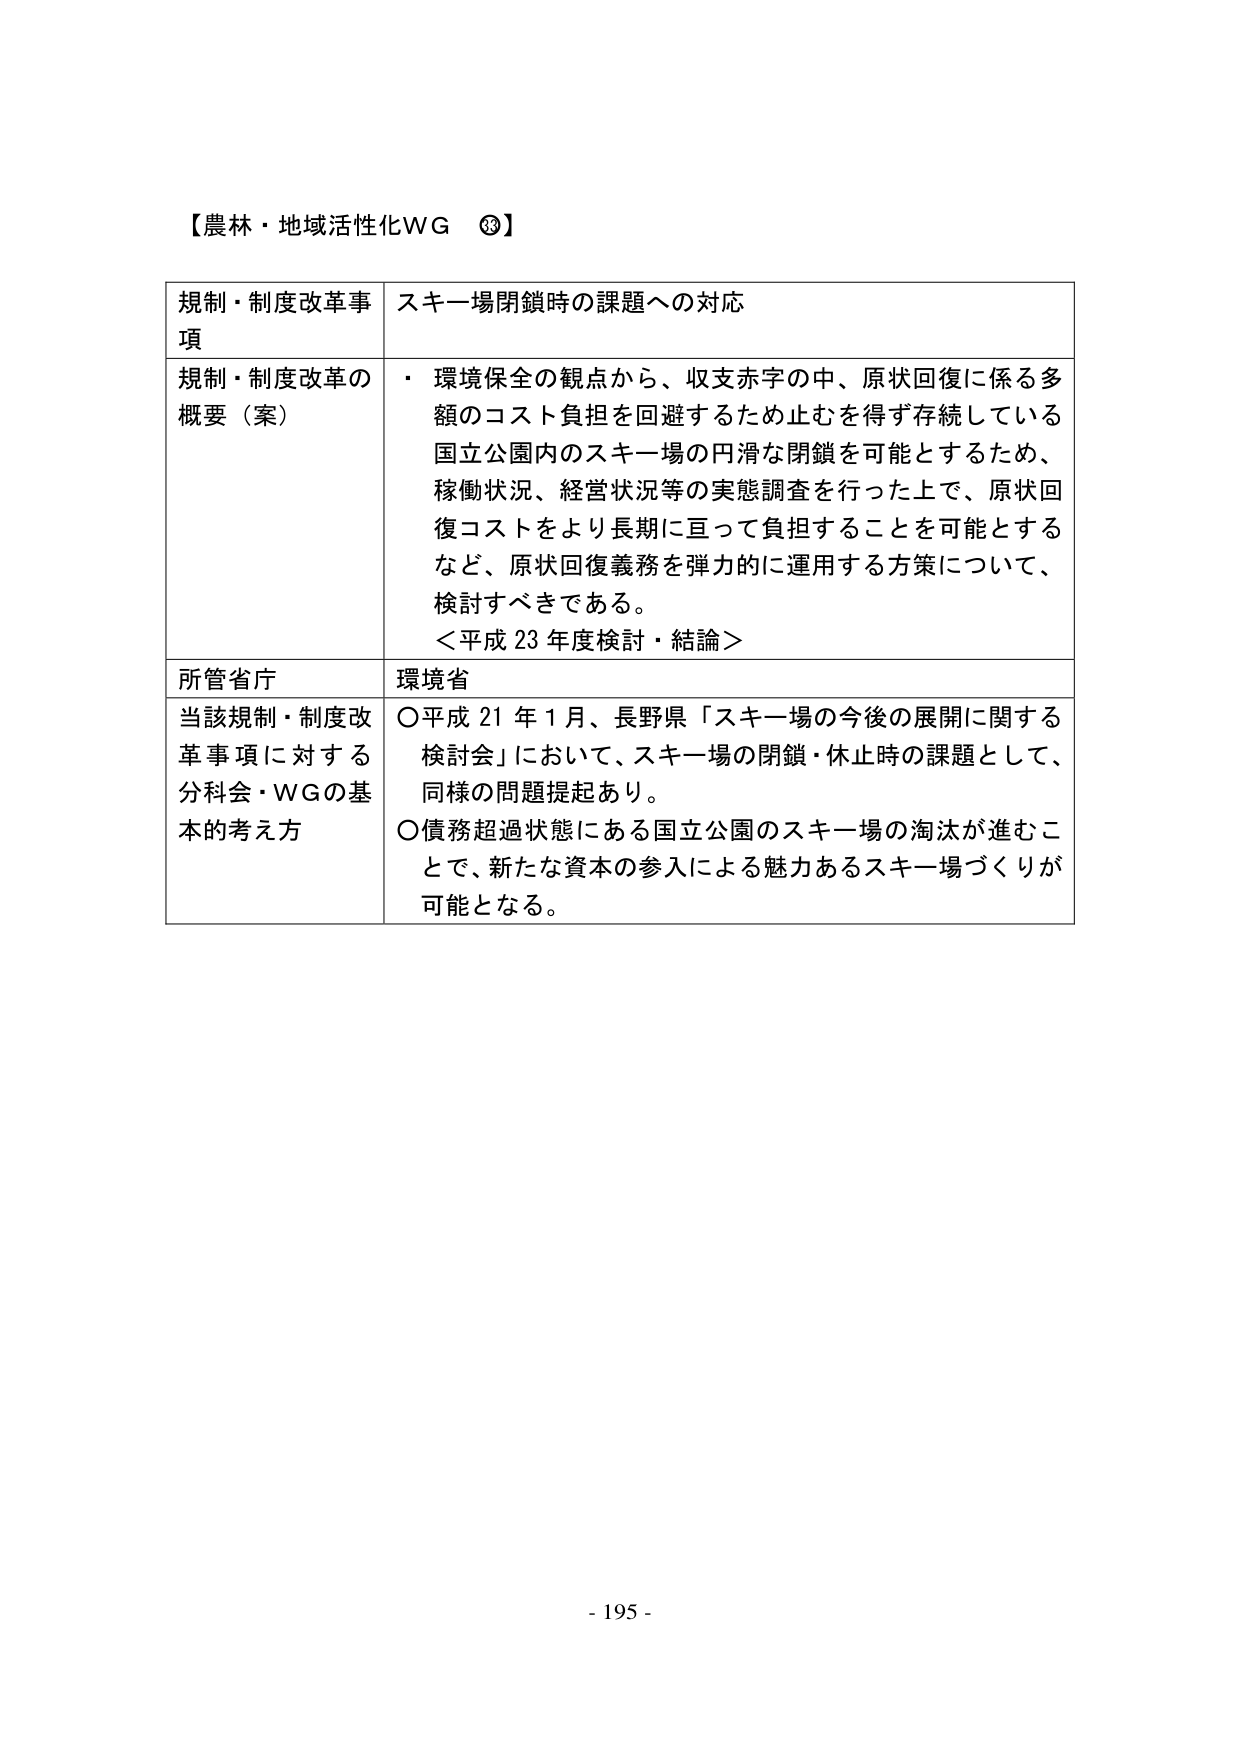
【農林・地域活性化WG ⑳】

規制・制度改革事項　スキー場閉鎖時の課題への対応

規制・制度改革の概要（案）　・環境保全の観点から、収支赤字の中、原状回復に係る多額のコスト負担を回避するため止むを得ず存続している国立公園内のスキー場の円滑な閉鎖を可能とするため、稼働状況、経営状況等の実態調査を行った上で、原状回復コストをより長期に亘って負担することを可能とするなど、原状回復義務を弾力的に運用する方策について、検討すべきである。
＜平成23年度検討・結論＞

所管省庁　環境省

当該規制・制度改革事項に対する分科会・WGの基本的考え方　○平成21年1月、長野県「スキー場の今後の展開に関する検討会」において、スキー場の閉鎖・休止時の課題として、同様の問題提起あり。
○債務超過状態にある国立公園のスキー場の淘汰が進むことで、新たな資本の参入による魅力あるスキー場づくりが可能となる。

- 195 -